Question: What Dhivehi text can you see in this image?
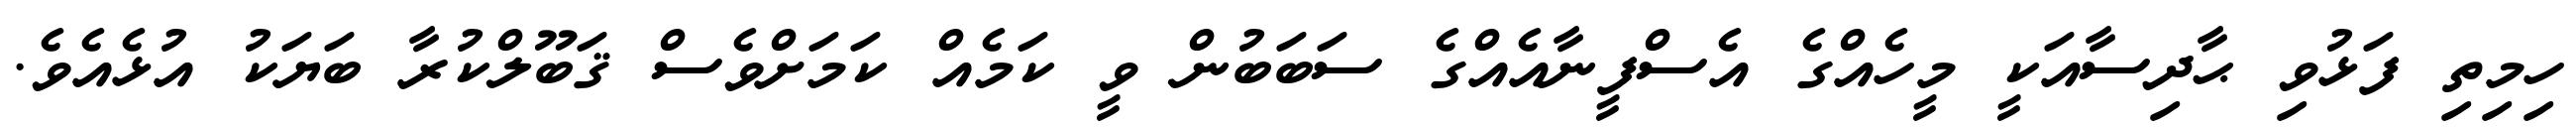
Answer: ހިމިތި ފަޅުވި ޙާދިސާއަކީ މީހެއްގެ އެސްފީނާއެއްގެ ސަބަބުން ވީ ކަމެއް ކަމަށްވެސް ޤަބޫލްކުރާ ބަޔަކު އުޅެއެވެ.